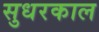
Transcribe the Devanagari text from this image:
सुधरकाल